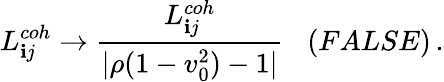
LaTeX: L_{\mathbf{i}j}^{coh}\to\frac{{L_{\mathbf{i}j}^{coh}}}{{|\rho(1-v_{0}^{2})-1|}}\; \; \; (FALSE)\, .